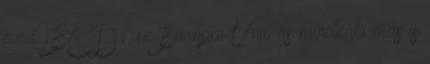
az OECD, az Európai Unió és mindenki más is